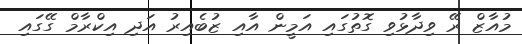
މުއާޒް ރޭ ވިދާޅުވި ގޮތުގައި އަމީން އާއި ޒުބެއިރު އަދި އިކްރާމް ގޭގައި